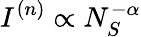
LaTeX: I^{(n)}\propto N_{S}^{-\alpha}